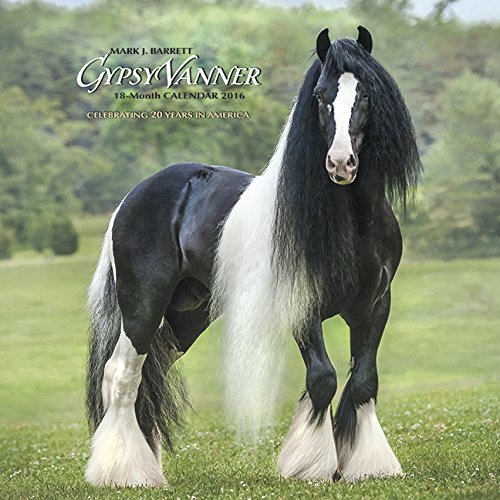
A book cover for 2016 Gypsy Vanner Horse Wall Calendar; Willow Creek Press; Calendars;